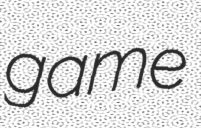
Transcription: game